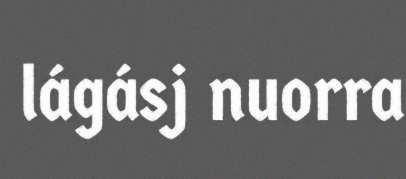
lágásj nuorra